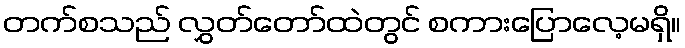
တက်စသည် လွှတ်တော်ထဲတွင် စကားပြောလေ့မရှိ။